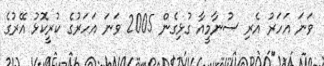
ވަނަ އަހަރު އެރި ސުނާމީއާ ގުޅިގެން 2005 ވަނަ އަހަރުގެ ކުރީކޮޅު އޭރުގެ